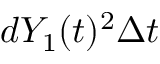
d Y _ { 1 } ( t ) ^ { 2 } \Delta t